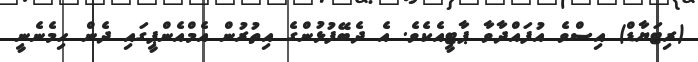
(ރިޓަޔާޑް) އިސްވެ އުފައްދާވާ ޕާޓީއެކެވެ. އެ ދެބޭފުޅުންގެ އިތުރުން އެމްއެންޕީގައި ދެން ހިމެނެނީ